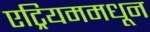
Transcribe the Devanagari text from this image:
एट्रियममधून